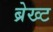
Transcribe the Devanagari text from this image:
ब्रेख्ट